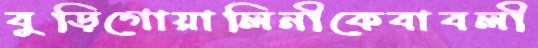
বুড়িগোয়ালিনীকেবাবলী